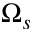
\Omega _ { s }